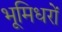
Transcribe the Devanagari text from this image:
भूमिधरों